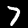
Digit: 7